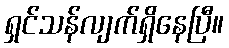
ရှင်သန်လျက်ရှိနေပြီ။